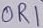
Text: OR1